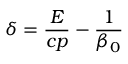
\delta = \frac { E } { c p } - \frac { 1 } { \beta _ { 0 } }